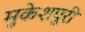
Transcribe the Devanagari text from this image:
मुकेशपुरी